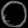
Digit: ၀